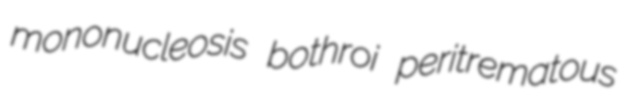
mononucleosis bothroi peritrematous